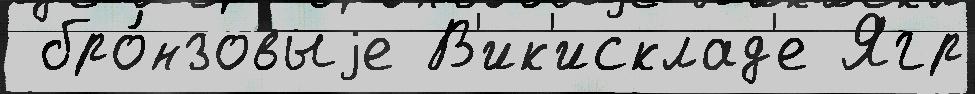
 бро́нзовыjе В'ик'исклад'е Ягр